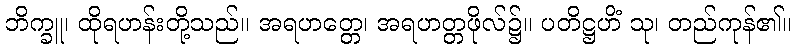
ဘိက္ခူ၊ ထိုရဟန်းတို့သည်။ အရဟတ္တေ၊ အရဟတ္တဖိုလ်၌။ ပတိဋ္ဌဟိံ သု၊ တည်ကုန်၏။